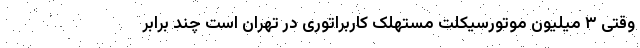
وقتی ۳ میلیون موتورسیکلت مستهلک کاربراتوری در تهران است چند برابر